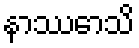
နာဿောသိ